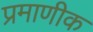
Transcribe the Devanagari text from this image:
प्रमाणीक